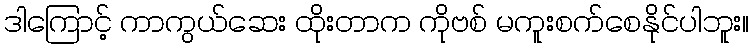
ဒါကြောင့် ကာကွယ်ဆေး ထိုးတာက ကိုဗစ် မကူးစက်စေနိုင်ပါဘူး။